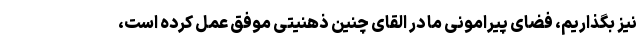
نیز بگذاریم، فضای پیرامونی ما در القای چنین ذهنیتی موفق عمل کرده است،